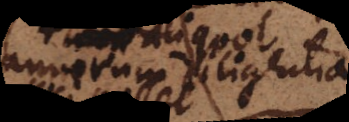
annorum diligentia